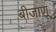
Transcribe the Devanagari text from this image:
बीजाणू